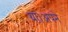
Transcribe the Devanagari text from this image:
था।अपने